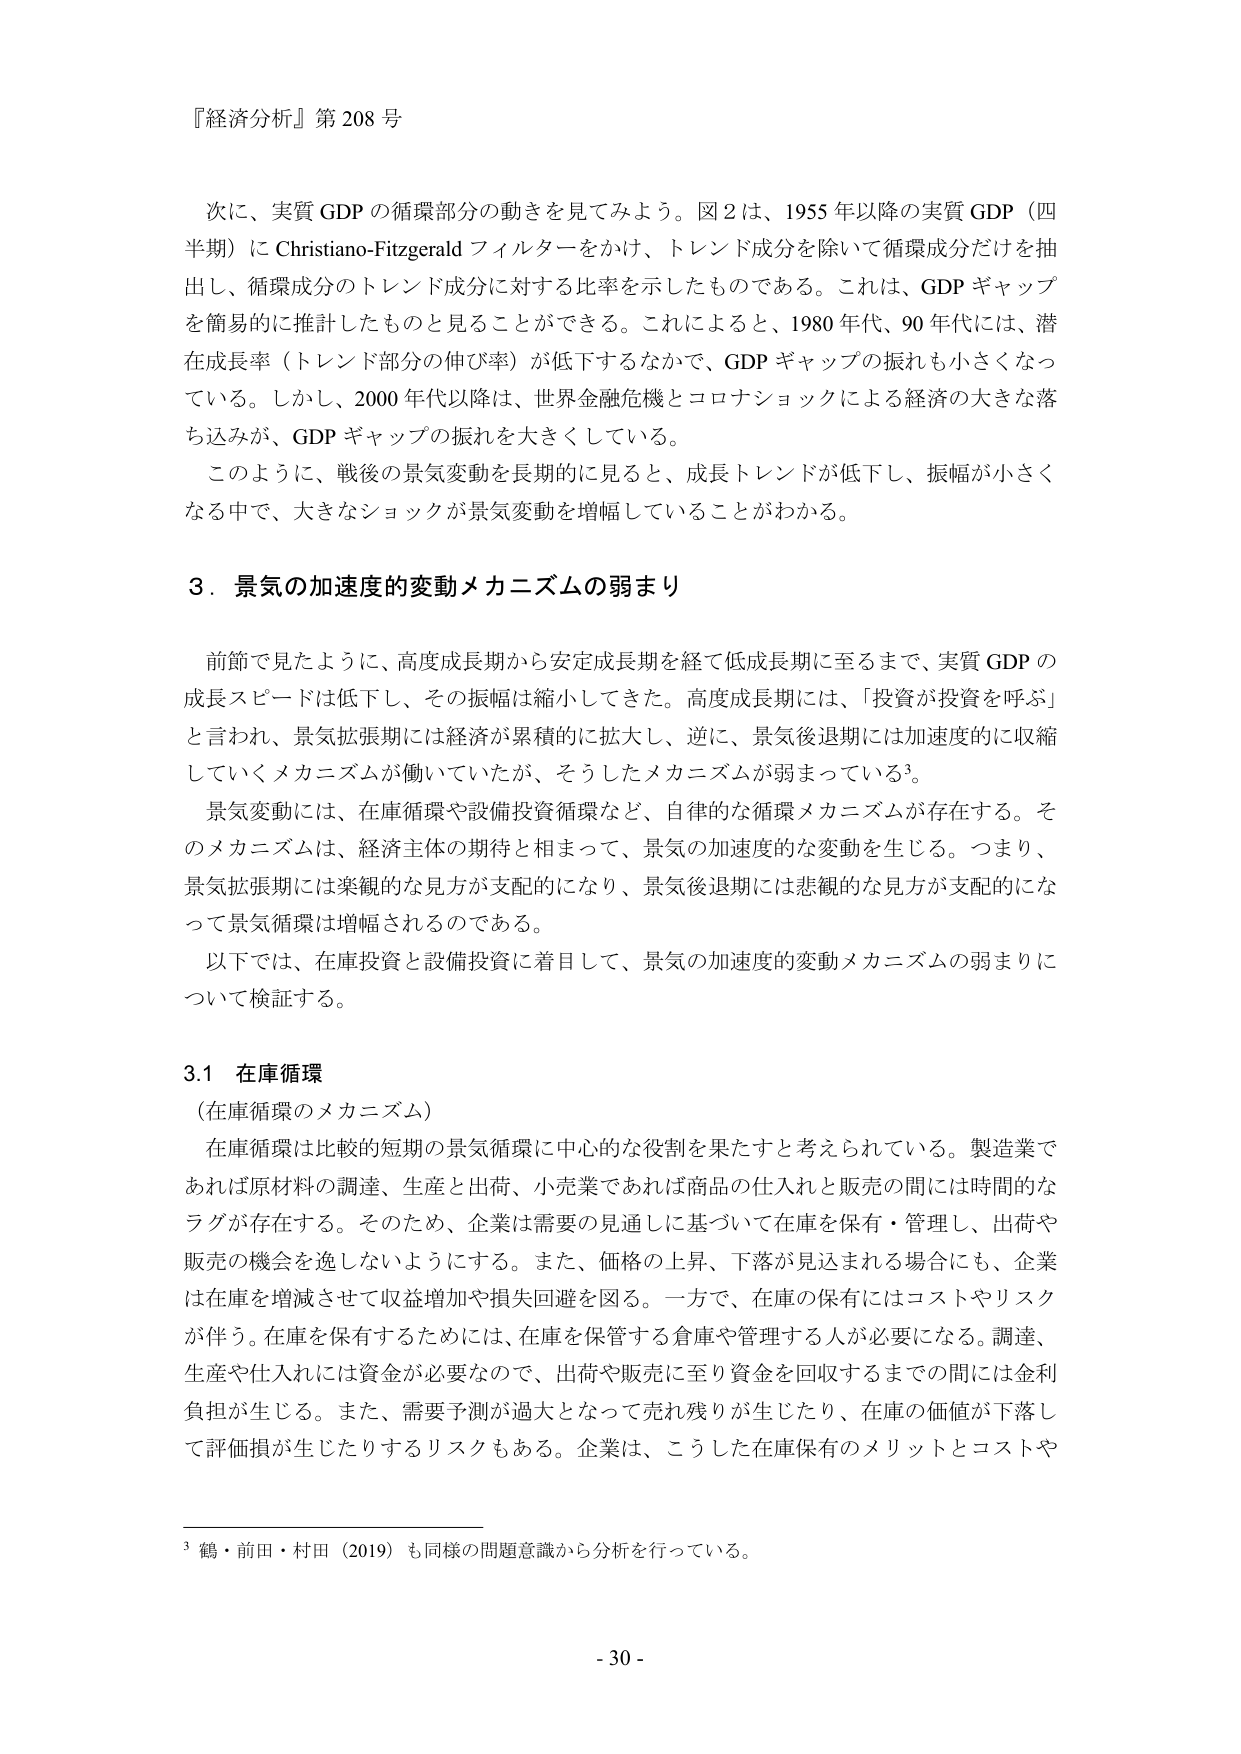
『経済分析』第208号

次に、実質GDPの循環部分の動きを見てみよう。図2は、1955年以降の実質GDP（四半期）にChristiano-Fitzgeraldフィルターをかけ、トレンド成分を除いて循環成分だけを抽出し、循環成分のトレンド成分に対する比率を示したものである。これは、GDPギャップを簡易的に推計したものと見ることができる。これによると、1980年代、90年代には、潜在成長率（トレンド部分の伸び率）が低下するなかで、GDPギャップの振れも小さくなっている。しかし、2000年代以降は、世界金融危機とコロナショックによる経済の大きな落ち込みが、GDPギャップの振れを大きくしている。

このように、戦後の景気変動を長期的に見ると、成長トレンドが低下し、振幅が小さくなる中で、大きなショックが景気変動を増幅していることがわかる。

3．景気の加速度的変動メカニズムの弱まり

前節で見たように、高度成長期から安定成長期を経て低成長期に至るまで、実質GDPの成長スピードは低下し、その振幅は縮小してきた。高度成長期には、「投資が投資を呼ぶ」と言われ、景気拡張期には経済が累積的に拡大し、逆に、景気後退期には加速度的に収縮していくメカニズムが働いていたが、そうしたメカニズムが弱まっている3。

景気変動には、在庫循環や設備投資循環など、自律的な循環メカニズムが存在する。そのメカニズムは、経済主体の期待と相まって、景気の加速度的な変動を生じる。つまり、景気拡張期には楽観的な見方が支配的になり、景気後退期には悲観的な見方が支配的になって景気循環は増幅されるのである。

以下では、在庫投資と設備投資に着目して、景気の加速度的変動メカニズムの弱まりについて検証する。

3.1 在庫循環
（在庫循環のメカニズム）

在庫循環は比較的短期の景気循環に中心的な役割を果たすと考えられている。製造業であれば原材料の調達、生産と出荷、小売業であれば商品の仕入れと販売の間には時間的なラグが存在する。そのため、企業は需要の見通しに基づいて在庫を保有・管理し、出荷や販売の機会を逸しないようにする。また、価格の上昇、下落が見込まれる場合にも、企業は在庫を増減させて収益増加や損失回避を図る。一方で、在庫の保有にはコストやリスクが伴う。在庫を保有するためには、在庫を保管する倉庫や管理する人が必要になる。調達、生産や仕入れには資金が必要なので、出荷や販売に至り資金を回収するまでの間には金利負担が生じる。また、需要予測が過大となって売れ残りが生じたり、在庫の価値が下落して評価損が生じたりするリスクもある。企業は、こうした在庫保有のメリットとコストや

3 鶴・前田・村田（2019）も同様の問題意識から分析を行っている。

- 30 -